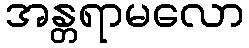
အန္တရာမလော